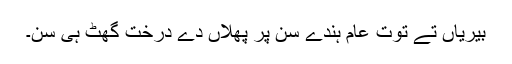
بیریاں تے توت عام ہُندے سن پر پھُلاں دے درخت گھٹ ہی سن۔